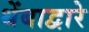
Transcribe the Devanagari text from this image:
थेंबाद्वारे